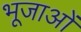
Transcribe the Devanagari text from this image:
भूजाओं